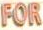
FOR